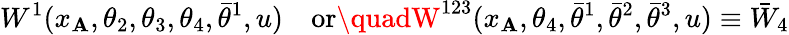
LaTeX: W^{1}(x_{\mathbf{A}},\theta_{2},\theta_{3},\theta_{4},\bar{{\theta}}^{1},u)\quad\mathrm{{or}}\quadW^{123}(x_{\mathbf{A}},\theta_{4},\bar{{\theta}}^{1},\bar{{\theta}}^{2},\bar{{\theta}}^{3},u)\equiv\bar{{W}}_{4}